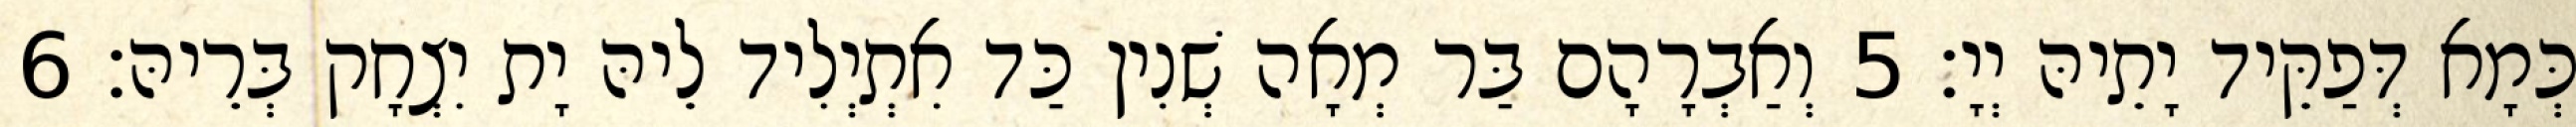
כְּמָא דְּפַקֵּיד יָתֵיהּ יְיָ׃ 5 וְאַבְרָהָם בַּר מְאָה שְׁנִין כַּד אִתְיְלִיד לֵיהּ יָת יִצְחָק בְּרֵיהּ׃ 6